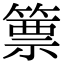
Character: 篻